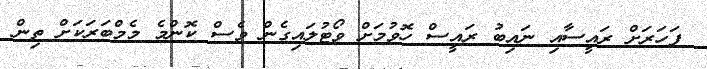
ފަހަރަށް ރައީސާއި ނައިބު ރައީސް ހޮވުމަށް ވޯޓުލައިގެން ވެސް ކޮންމެ މެމްބަރަކަށް ތިން